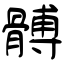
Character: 髆